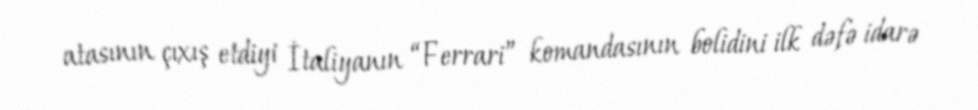
atasının çıxış etdiyi İtaliyanın “Ferrari” komandasının bolidini ilk dəfə idarə